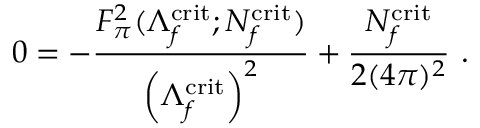
0 = - \frac { F _ { \pi } ^ { 2 } ( \Lambda _ { f } ^ { \mathrm { c r i t } } ; N _ { f } ^ { \mathrm { c r i t } } ) } { \left( \Lambda _ { f } ^ { \mathrm { c r i t } } \right) ^ { 2 } } + \frac { N _ { f } ^ { \mathrm { c r i t } } } { 2 ( 4 \pi ) ^ { 2 } } \ .